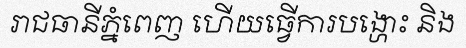
រាជធានីភ្នំពេញ ហើយធ្វើការបង្ហោះ និង